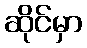
ဆိုင်မှာ